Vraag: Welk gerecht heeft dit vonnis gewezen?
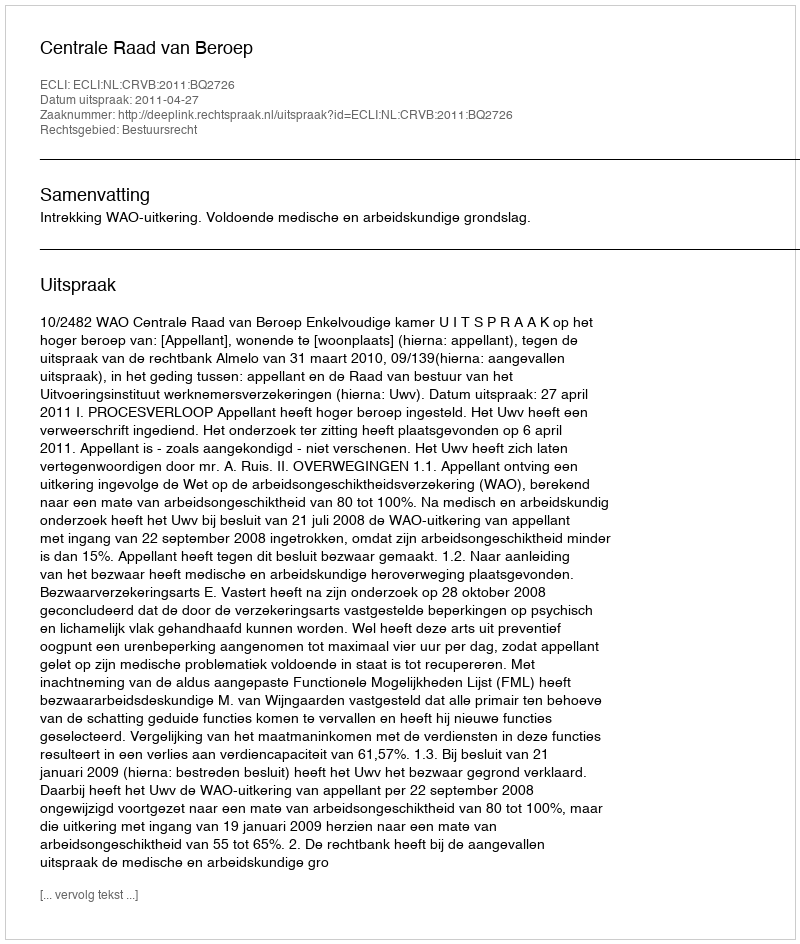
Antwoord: Centrale Raad van Beroep